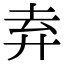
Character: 弆